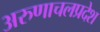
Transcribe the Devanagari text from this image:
अरुणाचलप्रदेश